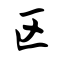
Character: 区